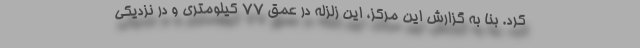
کرد. بنا به گزارش این مرکز، این زلزله در عمق ۷۷ کیلومتری و در نزدیکی